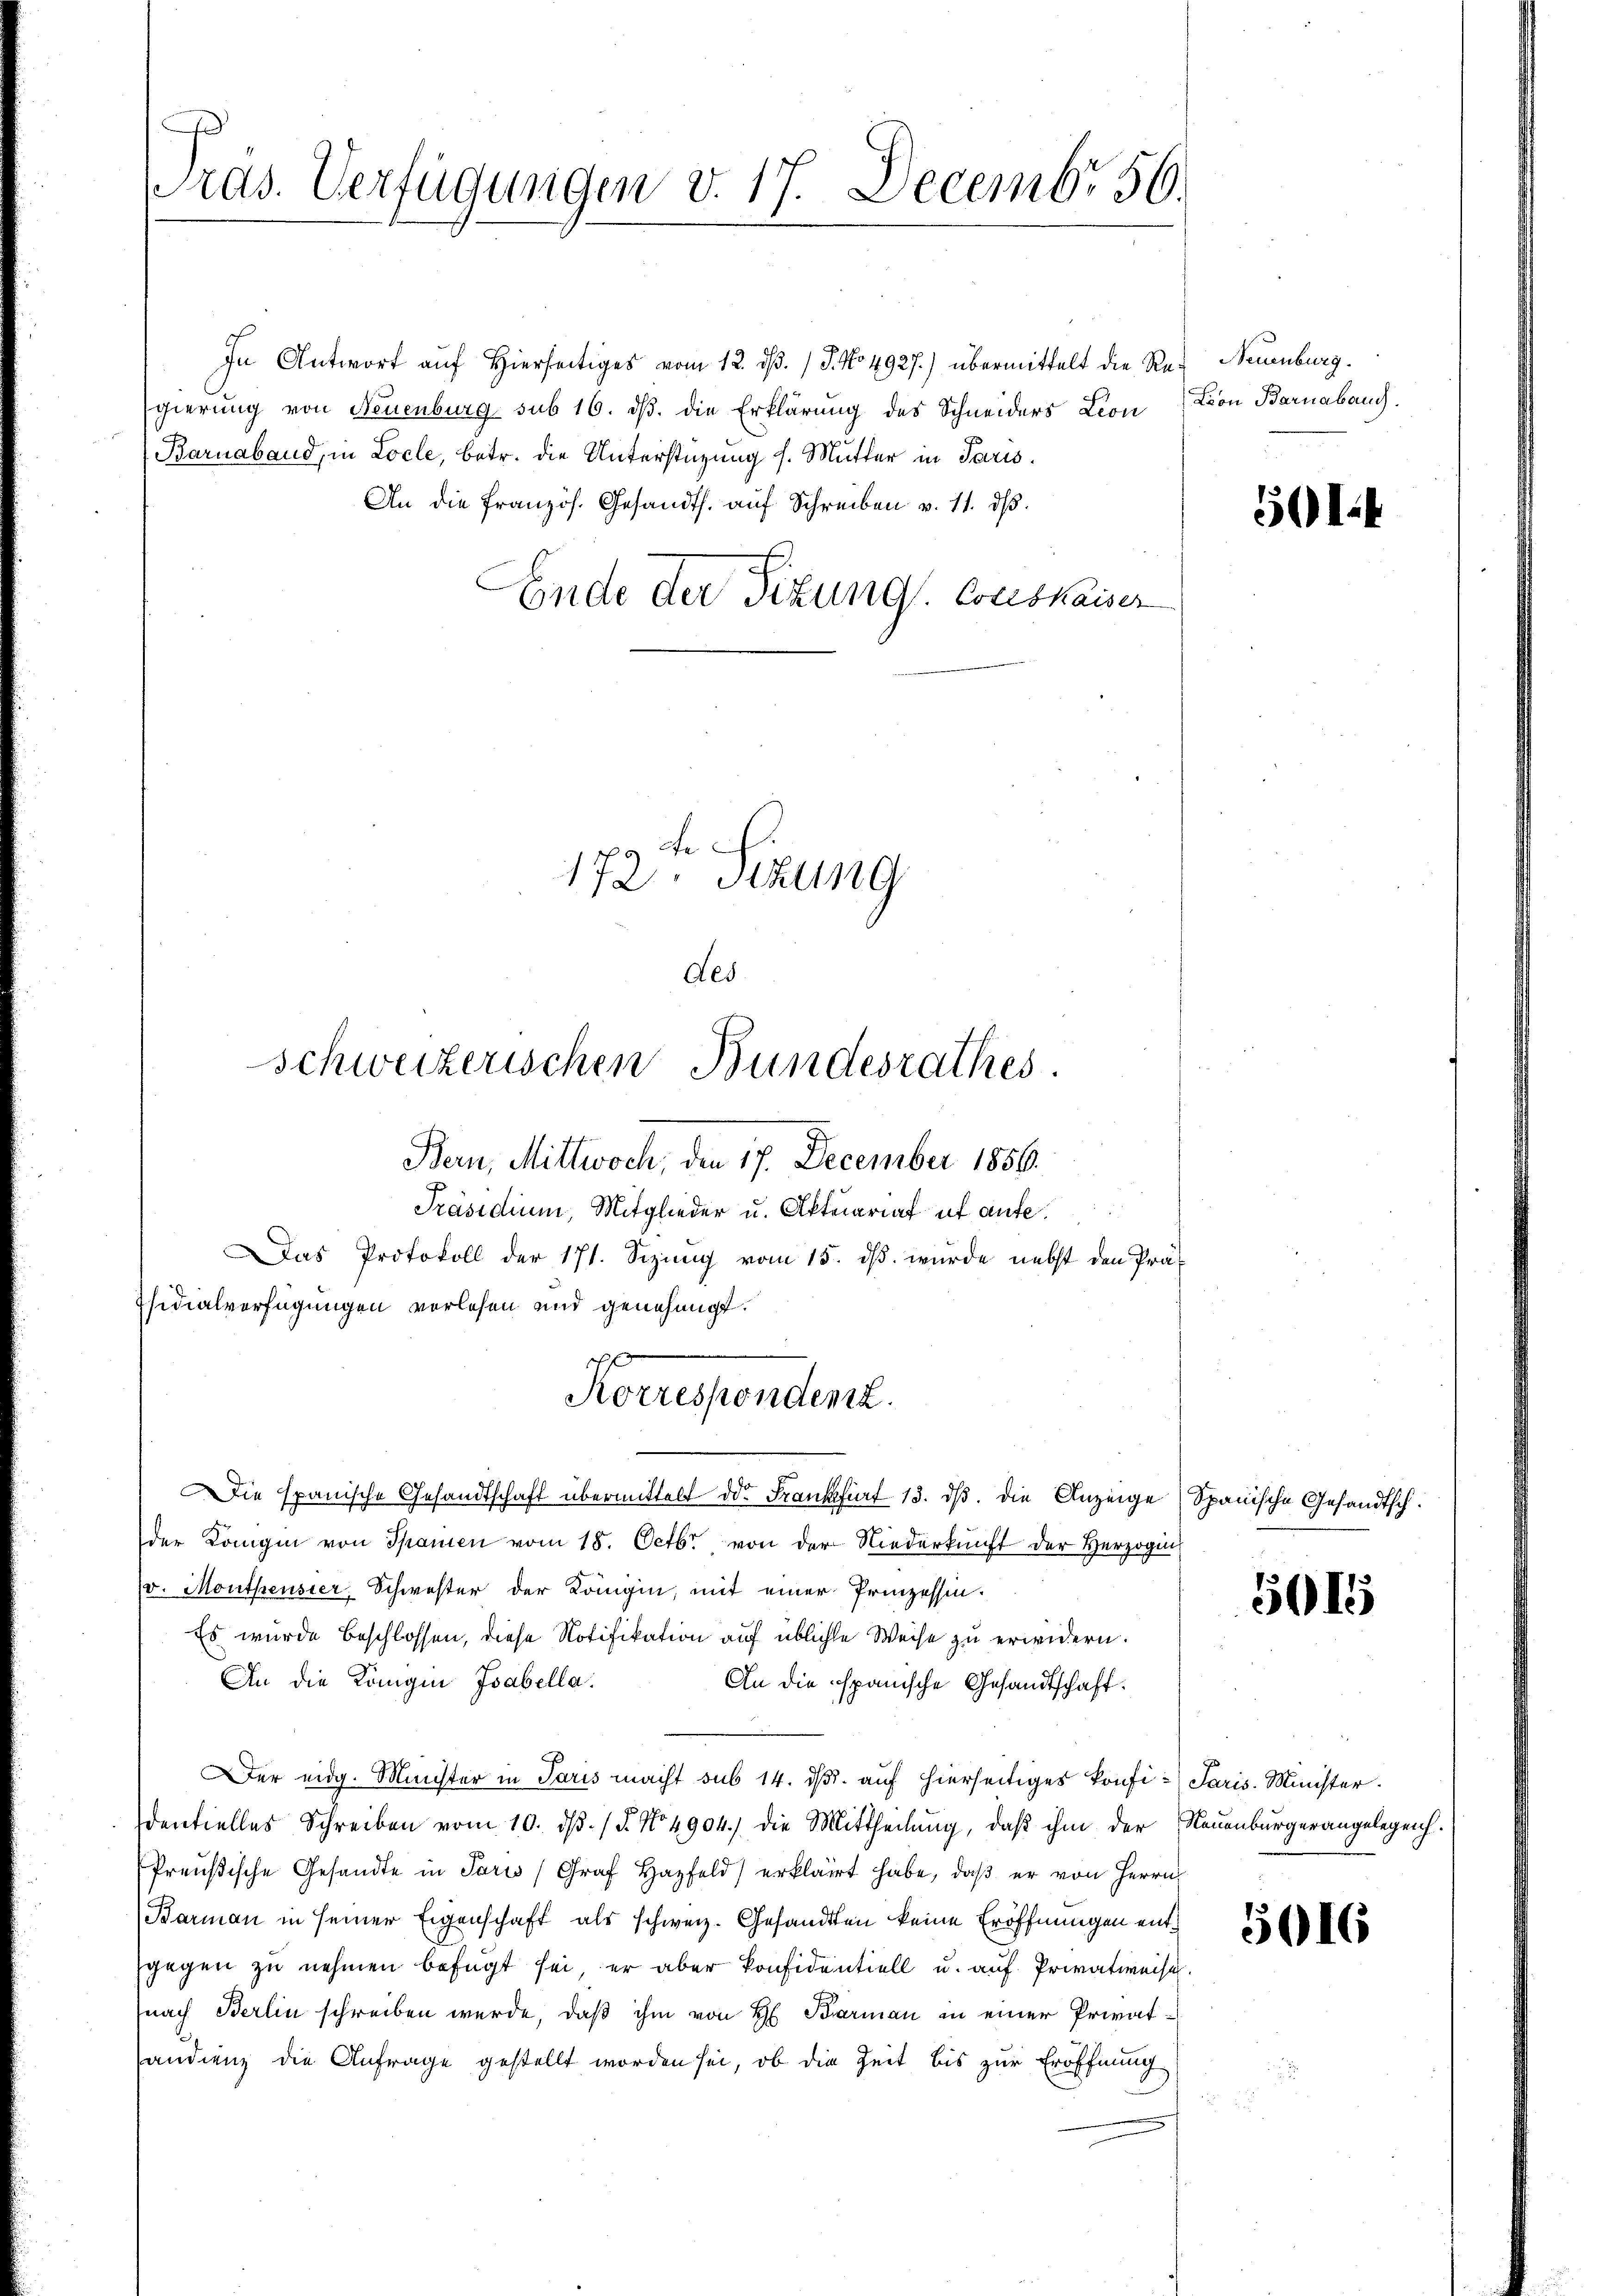
Tras. Verfügungen v. 17. Decembr 56.

In Antwort auf Hierseitiges vom 12. dß. / J. No 4927.) übermittelt die Re- Neuenburg.
gierung von Neuenburg sub 16. ds. die Erklärung des Schneiders Leon
Barnaband, in Locle, betr. die Unterstüzung s. Mutter in Paris.
An die französ. Gesandts. auf Schreiben v. 11. ds.
Ende der Sitzung Conskaiser

fsidialverfügungen verlesen und genehmigt.

Bern, Mittwoch, den 17. December 1856.
Präsidium, Mitglieder u. Aktuariat ut aufe¬

g 2te
172. Sizung
des
schweizerischen Bundesrathes.

ch
Korrespondenz.
Die spanische Gesandtschaft übermittelt der Frankfurt 13. ds. die Anzeige

Das Protokoll der 171. Sizung vom 15. dβ. wurde nebst den Prä-
der Königin von Spanien vom 18. Octbr. von der Niederkunft der Herzogin
(v. Montheusier, Schwester der Königin, mit einer Prinzessin.
Es wurde beschlossen, diese Notifikation auf üblichte Weise zu erwidern.
An die Königin Isabella.
An die spanische Gesandtschaft.
er eidg. Minister in Paris macht sub 14. dβ. auf hierseitiges konfi-Saris. Minister¬
Identielles Schreiben vom 10. dβ. / 5. No 4904. die Mittheilung, daß ihm der
Preußische Gesandte in Paris Graf Hazfeld) erklärt habe, daβ er von Herrn
Barman in seiner Eigenschaft als schweiz. Gesandten keine Eröffnungen entgegen zu nehmen befügt sei, er aber konfidentiell u. auf Privatweisch.
nach Berlin schreiben werde, daß ihm von H. Barman in einer Privatandienz die Anfrage gestellt worden sei, ob die Zeit bis zur Eröffnung

Lion Barnabaug.

501.

Spanische Gesandtsch.

5015

Neuenburgerangelegenh

5016